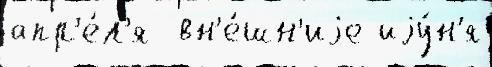
апр'е́л'я  вн'е́шн'иjе иjу́н'я